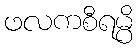
ဖလကစီရမ္ပိ